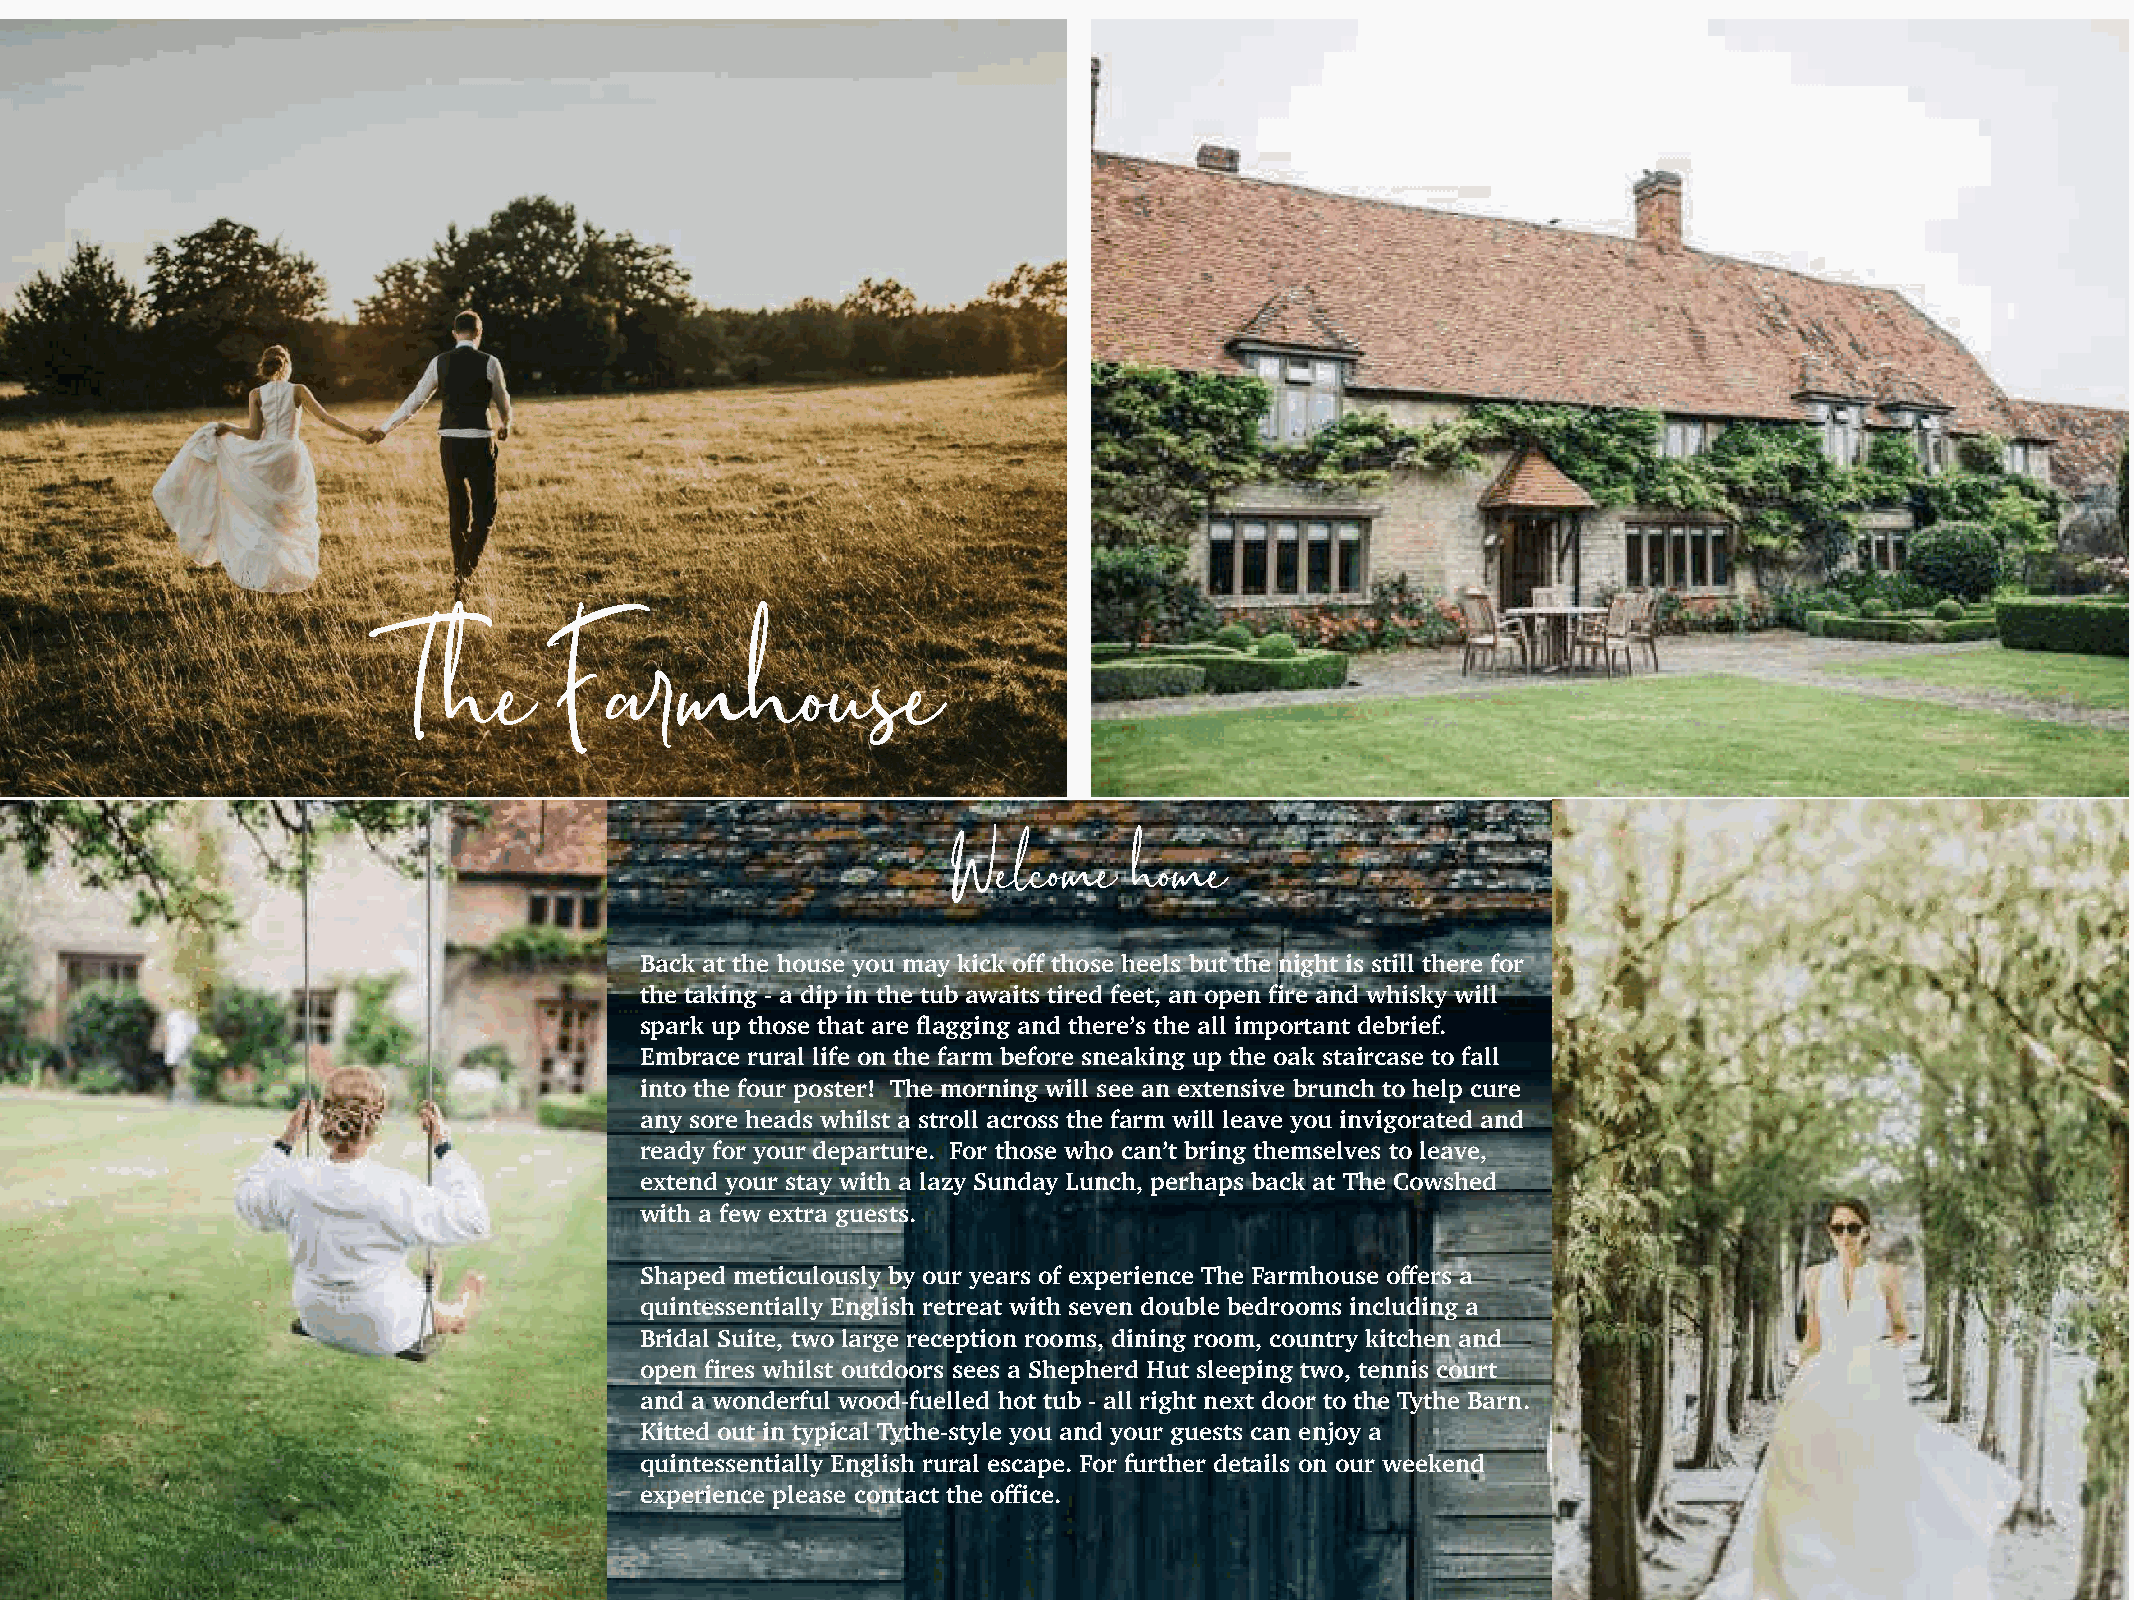
The        Farmhouse
 .Welcome    home
 Back at the house you may kick off those heels but the night is still there for
 the taking - a dip in the tub awaits tired feet, an open fire and whisky will
 spark up those that are flagging and there’s the all important debrief.
 Embrace rural life on the farm before sneaking up the oak staircase to fall
 into the four poster! The morning will see an extensive brunch to help cure
 any sore heads whilst a stroll across the farm will leave you invigorated and
 ready for your departure. For those who can’t bring themselves to leave,
 extend your stay with a lazy Sunday Lunch, perhaps back at The Cowshed
 with a few extra guests.
 Shaped meticulously by our years of experience The Farmhouse offers a
 quintessentially English retreat with seven double bedrooms including a
 Bridal Suite, two large reception rooms, dining room, country kitchen and
 open fires whilst outdoors sees a Shepherd Hut sleeping two, tennis court
 and a wonderful wood-fuelled hot tub - all right next door to the Tythe Barn.
 Kitted out in typical Tythe-style you and your guests can enjoy a
 quintessentially English rural escape. For further details on our weekend
 experience please contact the office.